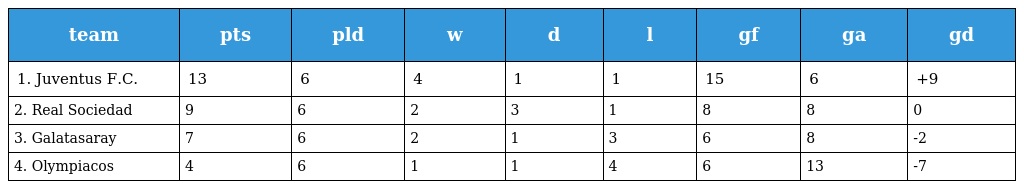
| team | pts | pld | w | d | l | gf | ga | gd |
 | --- | --- | --- | --- | --- | --- | --- | --- | --- |
 | 1. Juventus F.C. | 13 | 6 | 4 | 1 | 1 | 15 | 6 | +9 |
 | 2. Real Sociedad | 9 | 6 | 2 | 3 | 1 | 8 | 8 | 0 |
 | 3. Galatasaray | 7 | 6 | 2 | 1 | 3 | 6 | 8 | -2 |
 | 4. Olympiacos | 4 | 6 | 1 | 1 | 4 | 6 | 13 | -7 |